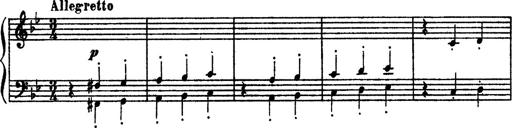
Title: Sarabande und Chaconne aus dem Singspiel
Composer: Franz Liszt